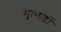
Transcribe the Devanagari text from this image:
मृत्भांडों